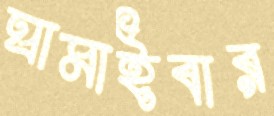
ঘামাইবার